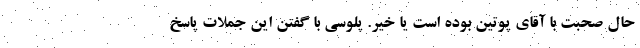
حال صحبت با آقای پوتین بوده است یا خیر. پلوسی با گفتن این جملات پاسخ